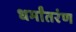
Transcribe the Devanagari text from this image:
धर्मांतरंण